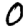
Digit: 0